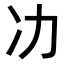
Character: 𭂇